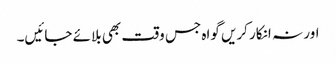
اور نہ انکار کریں گواہ جس وقت بھی بلائے جائیں۔